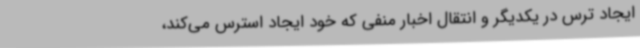
ایجاد ترس در یکدیگر و انتقال اخبار منفی که خود ایجاد استرس می‌کند،